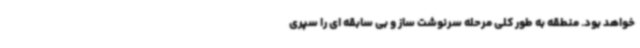
خواهد بود. منطقه به طور کلی مرحله سرنوشت ساز و بی سابقه ای را سپری